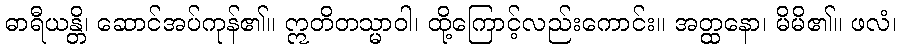
ဓာရီယန္တိ၊ ဆောင်အပ်ကုန်၏။ ဣတိတသ္မာဝါ၊ ထို့ကြောင့်လည်းကောင်း။ အတ္ထနော၊ မိမိ၏။ ဖလံ၊